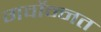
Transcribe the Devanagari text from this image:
गर्वोन्‍नत